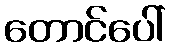
တောင်ပေါ်